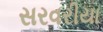
સરવરીયા